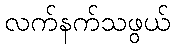
လက်နက်သဖွယ်